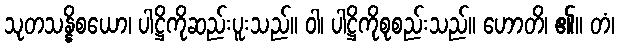
သုတသန္နိစယော၊ ပါဋ္ဌိကိုဆည်းပူးသည်။ ဝါ၊ ပါဋ္ဌိကိုစုစည်းသည်။ ဟောတိ၊ ၏။ တံ၊